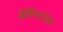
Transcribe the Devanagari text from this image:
बेसिंग्स्टोक